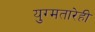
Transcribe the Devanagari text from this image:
युग्मतारेही